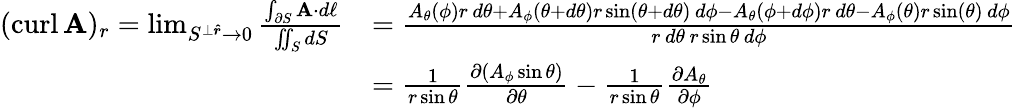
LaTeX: {\begin{array}{rl}{(\operatorname{curl}\mathbf{A})_{r}=\operatorname*{lim}_{S^{\perp{\boldsymbol{\hat{r}}}}\to 0}{\frac{\int_{\partial S}\mathbf{A}\cdot d\mathbf{\ell}}{\iint_{S}dS}}}&{={\frac{A_{\theta}(\phi)r\, d\theta+A_{\phi}(\theta+d\theta)r\sin(\theta+d\theta)\, d\phi-A_{\theta}(\phi+d\phi)r\, d\theta-A_{\phi}(\theta)r\sin(\theta)\, d\phi}{r\, d\theta\, r\sin\theta\, d\phi}}}\\ &{={\frac{1}{r\sin\theta}}{\frac{\partial(A_{\phi}\sin\theta)}{\partial\theta}}-{\frac{1}{r\sin\theta}}{\frac{\partial A_{\theta}}{\partial\phi}}}\end{array}}